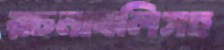
রচনাবলিসহ